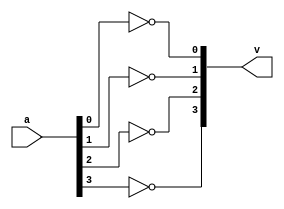
`timescale 1ns / 1ps
//////////////////////////////////////////////////////////////////////////////////
// Company: 
// Engineer: 
// 
// Design Name: 
// Module Name:    not_opration 
// Project Name: 
// Target Devices: 
// Tool versions: 
// Description: 
//
// Dependencies: 
//
// Revision: 
// Revision 0.01 - File Created
// Additional Comments: 
//
//////////////////////////////////////////////////////////////////////////////////
module  not_opration(v,a);
output  [3:0]v;
input [3:0]a;
not(v[0],a[0]);
not(v[1],a[1]);
not(v[2],a[2]);
not(v[3],a[3]);
endmodule